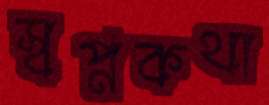
স্বপ্নকথা